Insane asylums in Bengal annual reports 1867-1875 - 1867-1875
Year: 1867
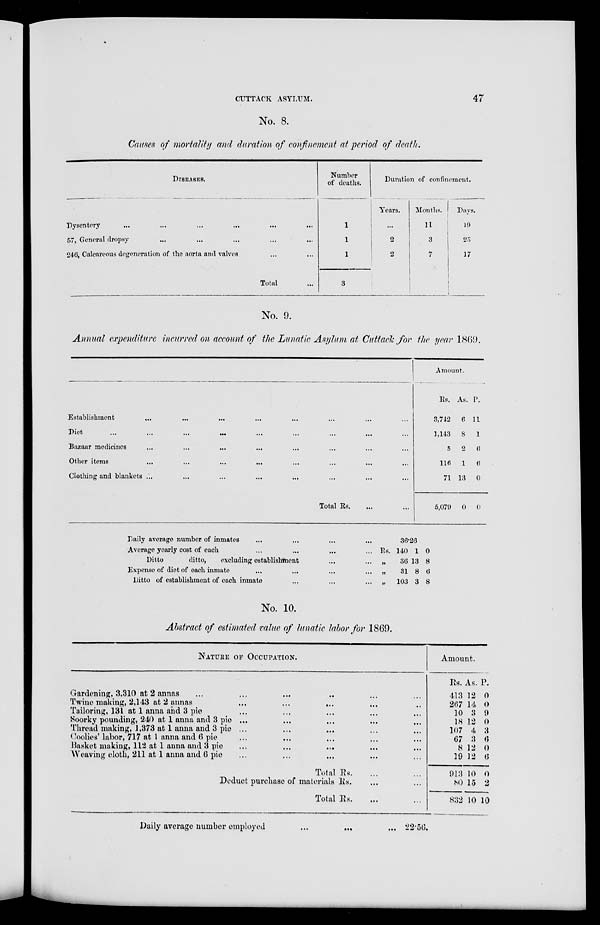
CUTTACK ASYLUM.
47
No. 8.
Causes of mortality and duration of confinement at period of death.
DISEASES.
Dysentery ... ... ... ... ...
57, General dropsy ... ... ... ...
246, Calcareous degeneration of the aorta and valves
Total ...
Number
of deaths.
1
1
1
3
Duration of confinement.
Years.
...
2
2
Months.
11
3
7
Days.
19
25
17
No. 9.
Annual expenditure incurred on account of the Lunatic Asylum at Cuttack for the year 1869.
Establishment
...
...
... ... ... ...
Diet
...
...
...
... ... ...
Bazaar medicines ... ... ... ... ...
Other items ... ... ... ... ...
Clothing and blankets ... ... ... ... ...
Total Rs. ... ...
Amount.
Rs.
3,742
1,143
5
116
71
5,079
As.
6
8
2
1
13
0
P.
11
1
6
6
0
0
Daily average number of inmates ... ... ... ...
Average yearly cost of each ... ... ... ...
Ditto
ditto,
excluding establishment ... ...
Expense of diet of each inmate ... ... ... ...
Ditto of establishment of each inmate ... ... ...
36.26
Rs. 140
„
36
„ 31
„
103
1
13
8
3
0
8
6
8
No. 10.
Abstract of estimated value of lunatic labor for 1869.
NATURE OF OCCUPATION.
Gardening, 3,310 at 2 annas ... ... ... ...
Twine making, 2,143 at 2 annas ... ... ...
Tailoring, 131 at 1 anna and 3 pie ... ... ...
Soorky pounding, 240 at 1 anna and 3 pie ... ...
Thread making, 1,373 at 1 anna and 3 pie ... ...
Coolies' labor, 717 at 1 anna and 6 pie ... ...
Basket making, 112 at 1 anna and 3 pie ... ... ...
Weaving cloth, 211 at 1 anna and 6 pie ... ... ...
Total Rs. ... ...
Deduct purchase of materials Rs. ... ...
Total Rs. ... ...
Amount.
Rs.
413
267
10
18
107
67
8
19
913
80
832
As.
12
14
3
12
4
3
12
12
10
15
10
P.
0
0
9
0
3
6
0
6
0
2
10
Daily average number employed ...
...
...
22.56.